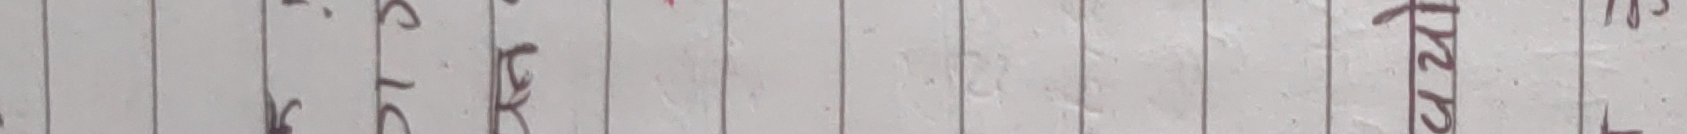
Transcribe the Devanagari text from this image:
रटलभ रारुचठट